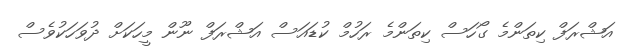
އަޝްރަފް ކިތަންމެ ގޯހަސް ކިތަންމެ ރަހުމް ކުޑައަސް އަޝްރަފް ނޫން މީހަކަށް ދުވަހަކުވެސް